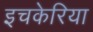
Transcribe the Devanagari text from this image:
इचकेरिया